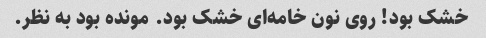
خشک بود! روی نون خامه‌ای خشک بود. مونده بود به نظر.